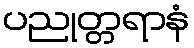
ပညုတ္တရာနံ